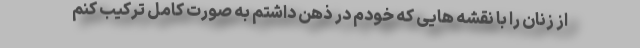
از زنان را با نقشه هایی که خودم در ذهن داشتم به صورت کامل ترکیب کنم